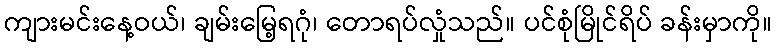
ကျားမင်းနေ့ဝယ်၊ ချမ်းမြေ့ရဂုံ၊ တောရပ်လှုံသည်။ ပင်စုံမြိုင်ရိပ် ခန်းမှာကို။